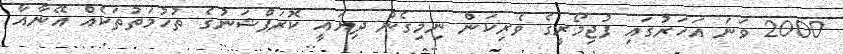
2000 ވަނަ އަހަރުގައި ފުޖިމޯރީގެ ވެރިކަން ނިމިގެން ދިޔައީ ކޮރަޕްޝަނުގެ ތުހުމަތުތަކެެއް އޭނާއާ